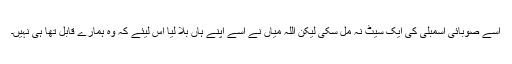
اسے صوبائی اسمبلی کی ایک سیٹ نہ مل سکی لیکن اللہ میاں نے اسے اپنے ہاں بلا لیا اس لیئے کہ وہ ہمارے قابل تھا ہی نہیں۔